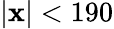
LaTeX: \vert\mathbf{x}\vert<190